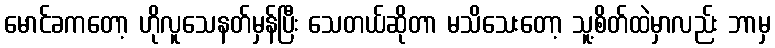
မောင်ခကတော့ ဟိုလူသေနတ်မှန်ပြီး သေတယ်ဆိုတာ မသိသေးတော့ သူ့စိတ်ထဲမှာလည်း ဘာမှ